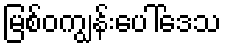
မြစ်ဝကျွန်းပေါ်ဒေသ